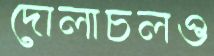
দোলাচলও